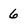
Character: 6